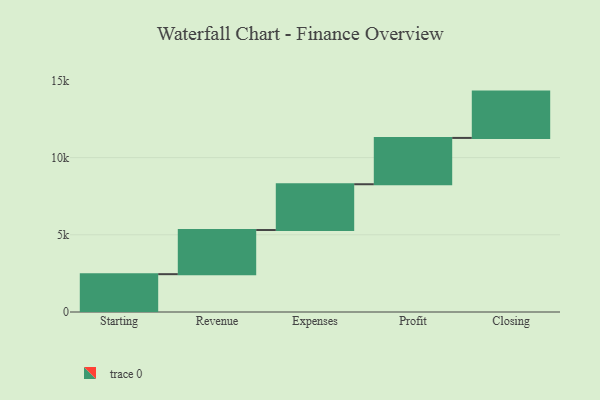
{"axis": {"x": "Step", "y": "Value"}, "legend": [""], "data": [{"x": "Starting", "y": 2450.0, "type": ""}, {"x": "Revenue", "y": 2859.0, "type": ""}, {"x": "Expenses", "y": 2966.0, "type": ""}, {"x": "Profit", "y": 3000, "type": ""}, {"x": "Closing", "y": 3000, "type": ""}]}